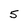
Character: 5